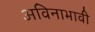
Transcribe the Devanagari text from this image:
अविनाभावी